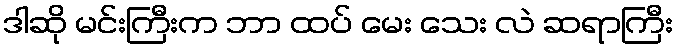
ဒါဆို မင်းကြီးက ဘာ ထပ် မေး သေး လဲ ဆရာကြီး